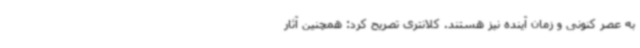
به عصر کنونی و زمان آینده نیز هستند. کلانتری تصریح کرد: همچنین آثار